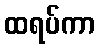
ထရပ်ကာ